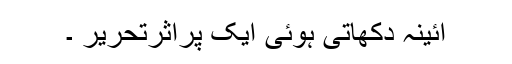
آئینہ دکھاتی ہوئی ایک پراثرتحریر ۔